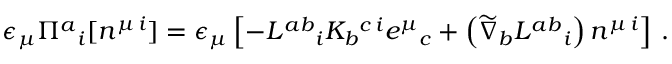
\epsilon _ { \mu } \Pi ^ { a } { } _ { i } [ n ^ { \mu \, i } ] = \epsilon _ { \mu } \left[ - L ^ { a b } { } _ { i } K _ { b } { } ^ { c \, i } e ^ { \mu } { } _ { c } + \left( \widetilde { \nabla } _ { b } L ^ { a b } { } _ { i } \right) n ^ { \mu \, i } \right] \, .